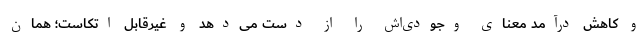
و کاهش درآمد معنای وجودی‌اش را از دست می‌دهد و غیرقابل اتکاست؛ همان